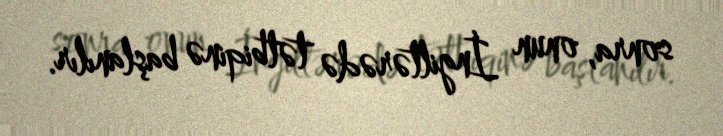
sonra, onun İngiltərədə tətbiqinə başlanılır.